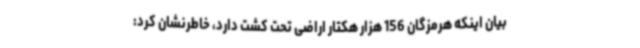
بیان اینکه هرمزگان 156 هزار هکتار اراضی تحت کشت دارد، خاطرنشان کرد: